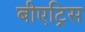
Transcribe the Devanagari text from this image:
बीएट्रिस